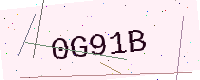
Text: 0G91B